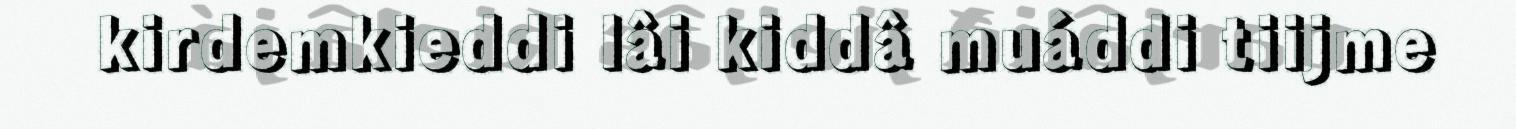
kirdemkieddi lâi kiddâ muáddi tiijme